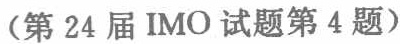
（第 24 届 IMO 试题第 4 题）